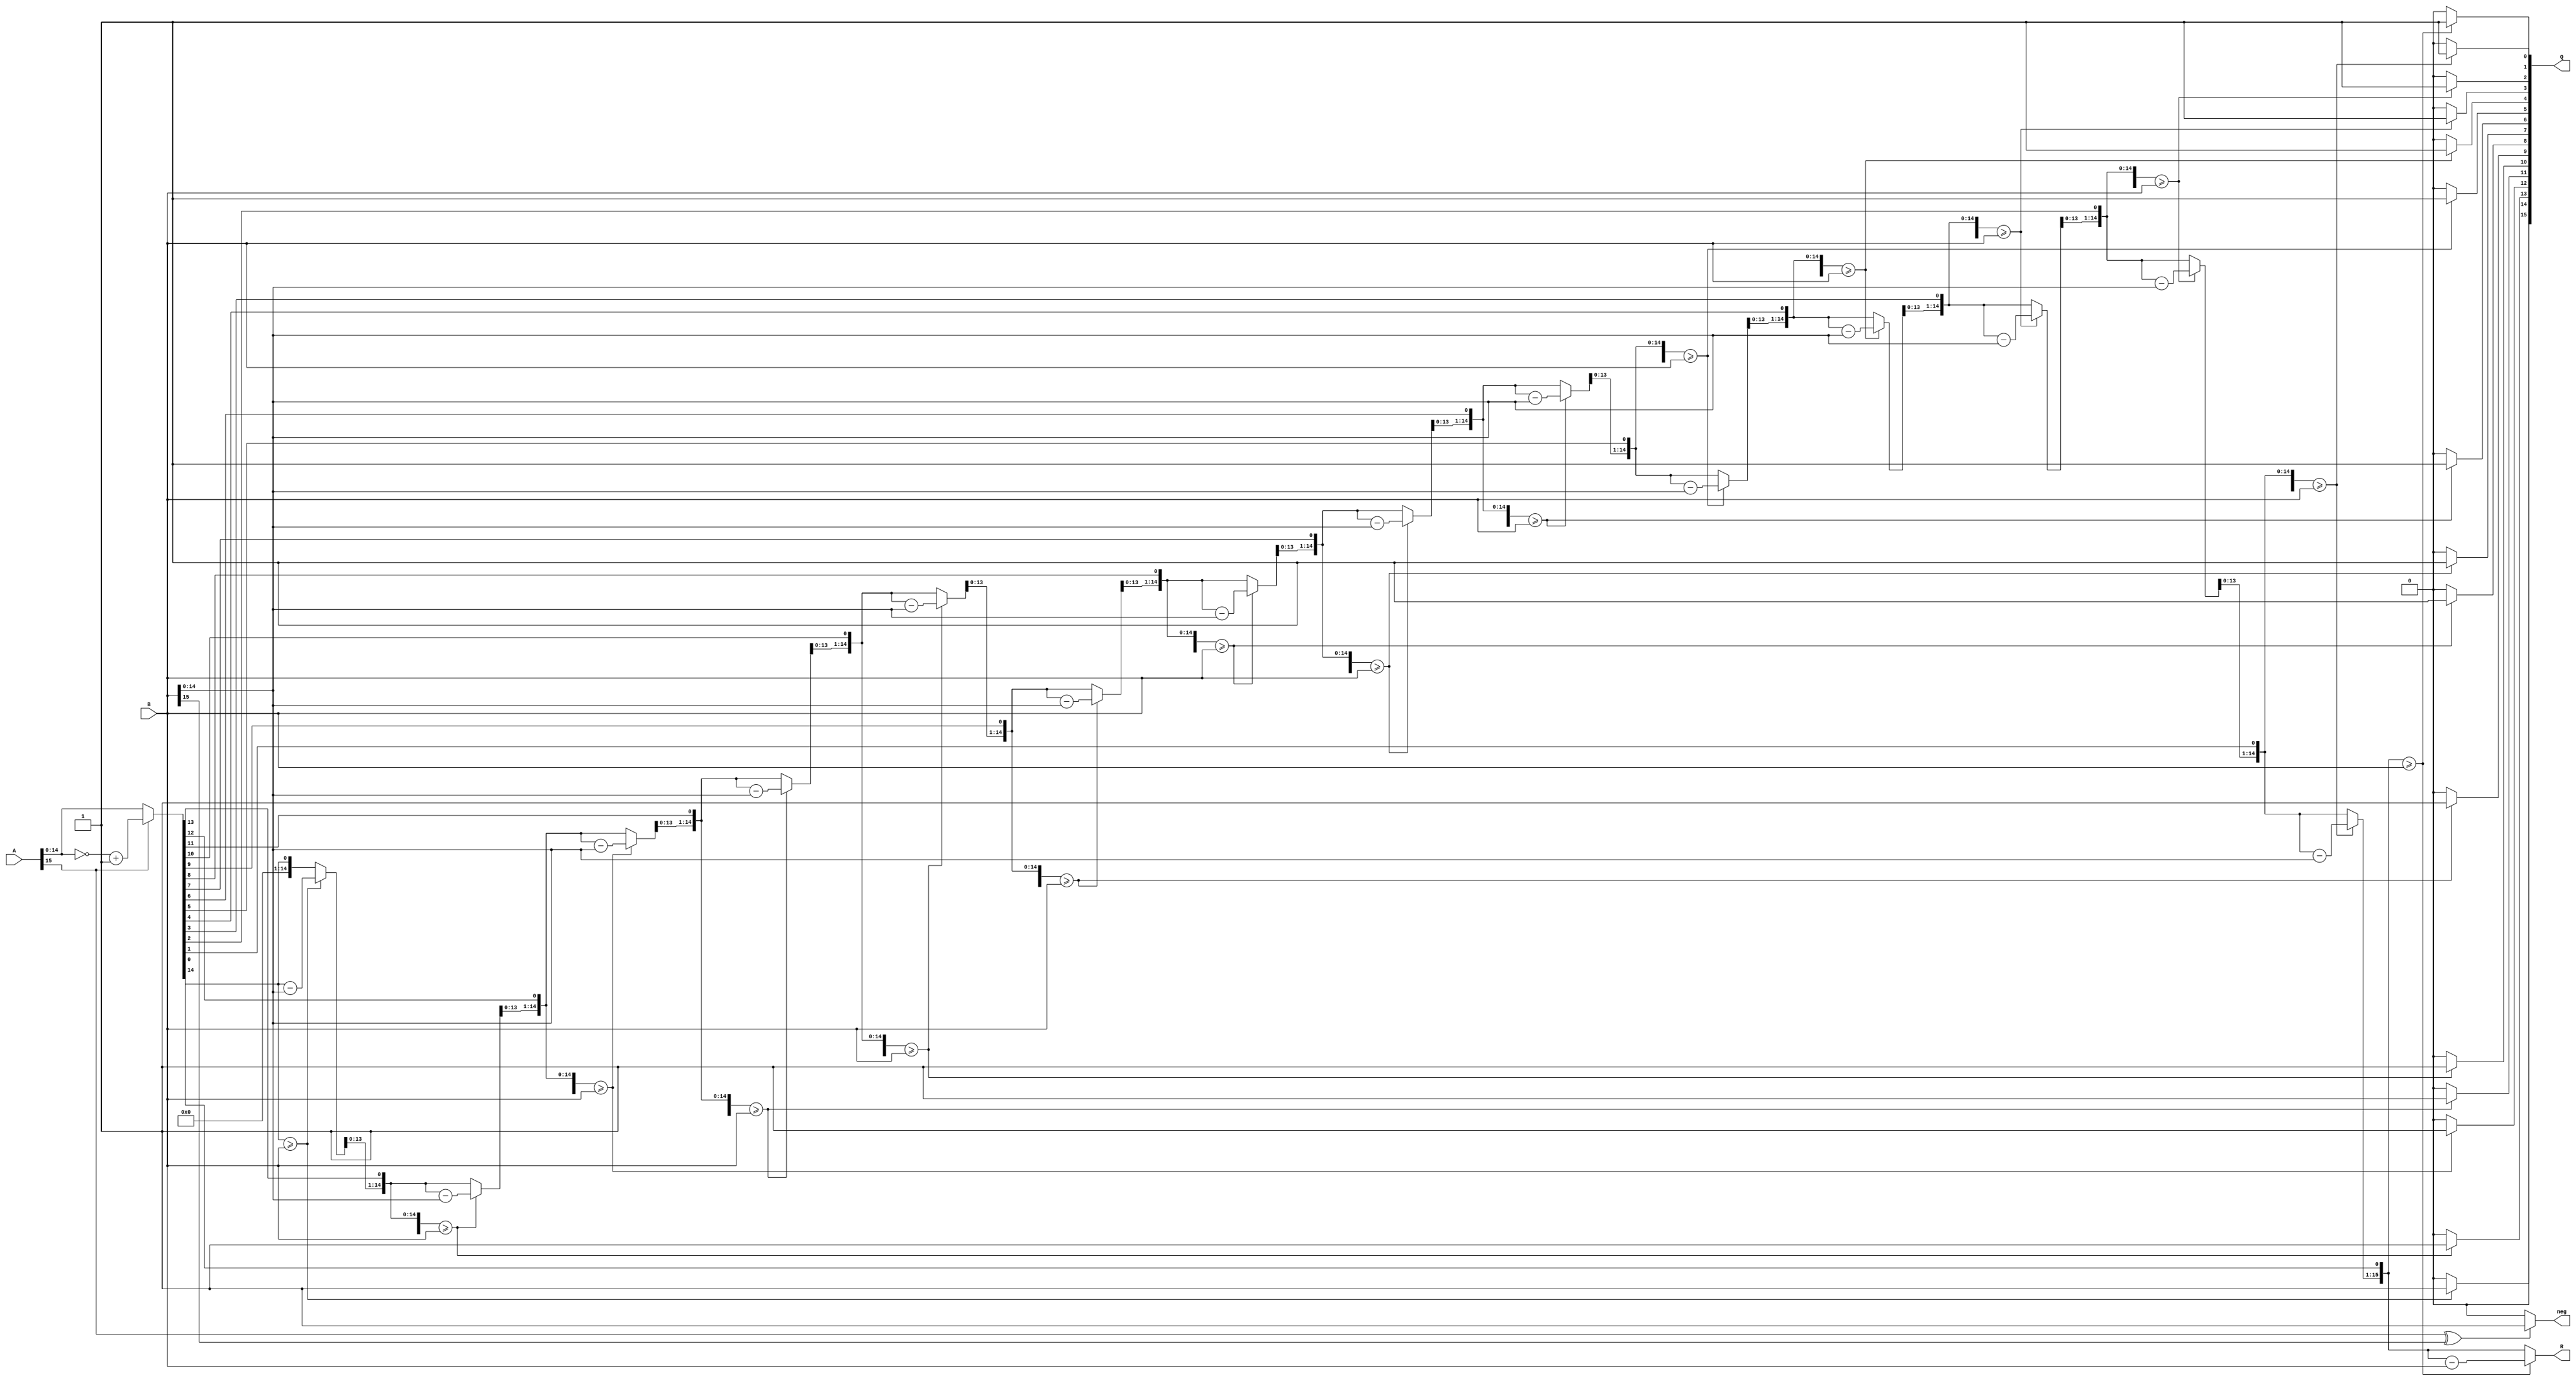
// 8

module calc_div(
    input [15:0] A, // 
    input [15:0] B, // 
    output reg [15:0]  Q, // 
    output reg [15:0]  R, // 
    output reg neg // 
);

// 
/*
reg [7:0] A; // 
reg [7:0] B; // 
reg [7:0] R; // 
reg [7:0] Q; // 
*/
reg [7:0] i;
reg [15:0] A2;
reg [15:0] B2;
always @(*) begin
    /*
    A = v1;
    B = v2;
    */
    R = 16'b0;
    Q = 16'b0;
    neg = 1'b0;
   
    // 
    if(A[15] == 1'b1) begin
        A2 = {1'b0, ~A[14:0]} + 1'b1;
    end else
        A2 = A;

    if(B[15] == 1'b1)
        B2 = {1'b0, ~B[14:0]} + 1'b1;
    else
        B2 = B;

    for(i=1; i<=15; i=i+1) begin
        R = {R[14:0], A2[15-i]}; // AR
        if(R>=B) begin
            Q[15-i] = 1'b1;
            R = R - B;
            
        end else begin
            Q[15-i] = 1'b0;
        end
    end

    // 
    if(A[15]^B[15]) begin
        // Q = {1'b1, ~Q[6:0]} + 1'b1; //-00-0
        neg = 1'b1;
    end
end

endmodule